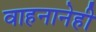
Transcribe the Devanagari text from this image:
वाहनानेही